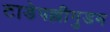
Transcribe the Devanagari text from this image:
टाडेपल्लीगुडम